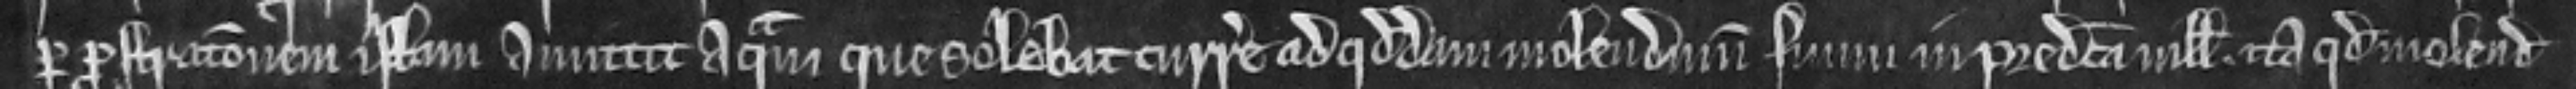
per prostracionem istam amittit aquam que solebat currere ad quoddam molendinum suum in predicta villa ita quod molendinum